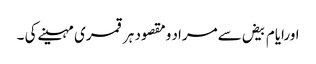
اورایام بیض سےمراد ومقصود ہرقمری مہینےکی ۔